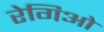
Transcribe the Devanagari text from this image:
रेगिओ